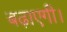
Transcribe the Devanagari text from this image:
बढ़ाएगी।